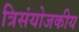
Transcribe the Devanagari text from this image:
त्रिसंयोजकीय